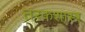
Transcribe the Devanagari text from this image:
तरकशास्त्र